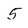
Character: 5